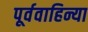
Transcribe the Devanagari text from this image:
पूर्ववाहिन्या